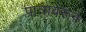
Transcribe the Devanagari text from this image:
पात्रावरून